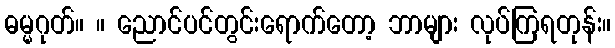
ဓမ္မဂုတ်။ ။ ညောင်ပင်တွင်းရောက်တော့ ဘာများ လုပ်ကြရတုန်း။